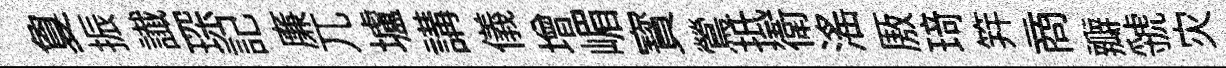
夐振䜟琛記廉兀壚講儀增嵋寳鶯抵衛滛厫𤦺笄商瓣虢灾